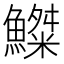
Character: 𩻫